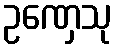
ဥဏှေသု